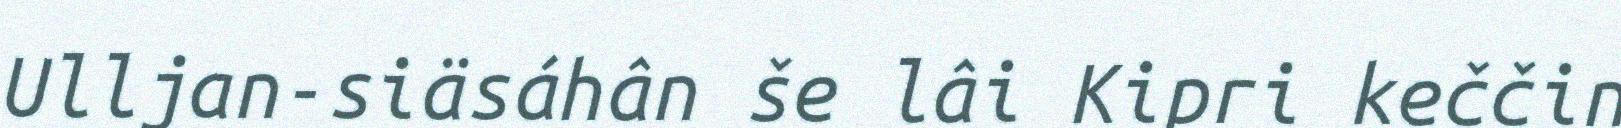
Ulljan-siäsáhân še lâi Kipri keččin